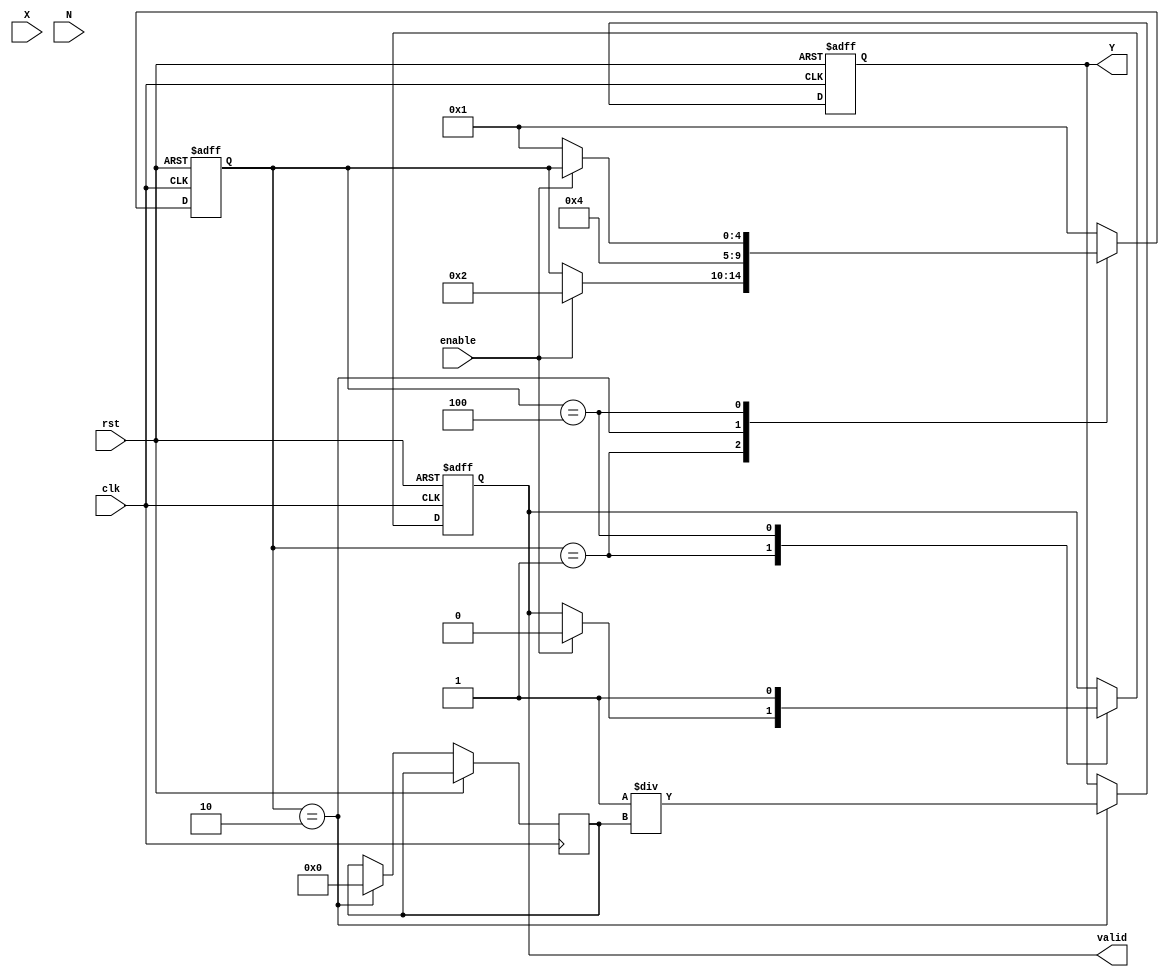
module frac_order_reciprocal (
    input  wire clk,              // Clock signal
    input  wire rst,              // Reset signal
    input  wire [15:0] X,         // Input variable (Fixed-point representation)
    input  wire [15:0] N,         // Fractional order (Fixed-point representation)
    input  wire enable,           // Enable signal for the computation
    output reg  [31:0] Y,         // Output (Resultant value)
    output reg  valid              // Valid signal to indicate output is ready
);
    
    // Internal registers
    reg [31:0] lnX;               // Natural logarithm of X
    reg [31:0] exp_result;        // Exponential result
    reg [31:0] power;             // X^N intermediate result
    reg [4:0] state;              // State variable for FSM
    localparam IDLE      = 5'b00001,
               COMPUTE   = 5'b00010,
               DONE       = 5'b00100;

    // Natural logarithm approximation (simple example)
    function [31:0] ln;
        input [15:0] x;
        begin
            // Simple logarithm approximation for demonstration purposes
            ln = 32'd0; // TODO: Implement a proper logarithm computation
        end
    endfunction

    // Exponential function approximation (simple example)
    function [31:0] exp;
        input [31:0] x;
        begin
            // Simple exponential approximation for demonstration purposes
            exp = 32'd0; // TODO: Implement a proper exponential computation
        end
    endfunction

    // FSM for controlling the computation
    always @(posedge clk or posedge rst) begin
        if (rst) begin
            state <= IDLE;
            Y <= 32'd0;
            valid <= 1'b0;
        end else begin
            case (state)
                IDLE: begin
                    if (enable) begin
                        lnX <= ln(X);
                        state <= COMPUTE;
                        valid <= 1'b0;
                    end
                end
                
                COMPUTE: begin
                    power <= N * lnX;  // Compute N * ln(X)
                    exp_result <= exp(power); // Compute e^(N * ln(X))
                    Y <= 32'd1 / exp_result; // Y = 1 / (X^N)
                    state <= DONE;
                end
                
                DONE: begin
                    valid <= 1'b1; // Indicate that output is ready
                    if (!enable) begin
                        state <= IDLE; // Wait for next computation
                    end
                end
                
                default: state <= IDLE;
            endcase
        end
    end

endmodule